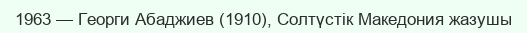
1963 — Георги Абаджиев (1910), Солтүстік Македония жазушы